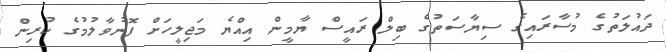
ދައުލަތުގެ މުސާރައިގެ ސިޔާސަތުގެ ބިލް ރައީސް ޔާމީން އިއްޔެ މަޖިލީހަށް ފޮނުވާލުމުގެ ކުރިން